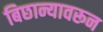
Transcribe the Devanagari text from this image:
बिछान्यावरून